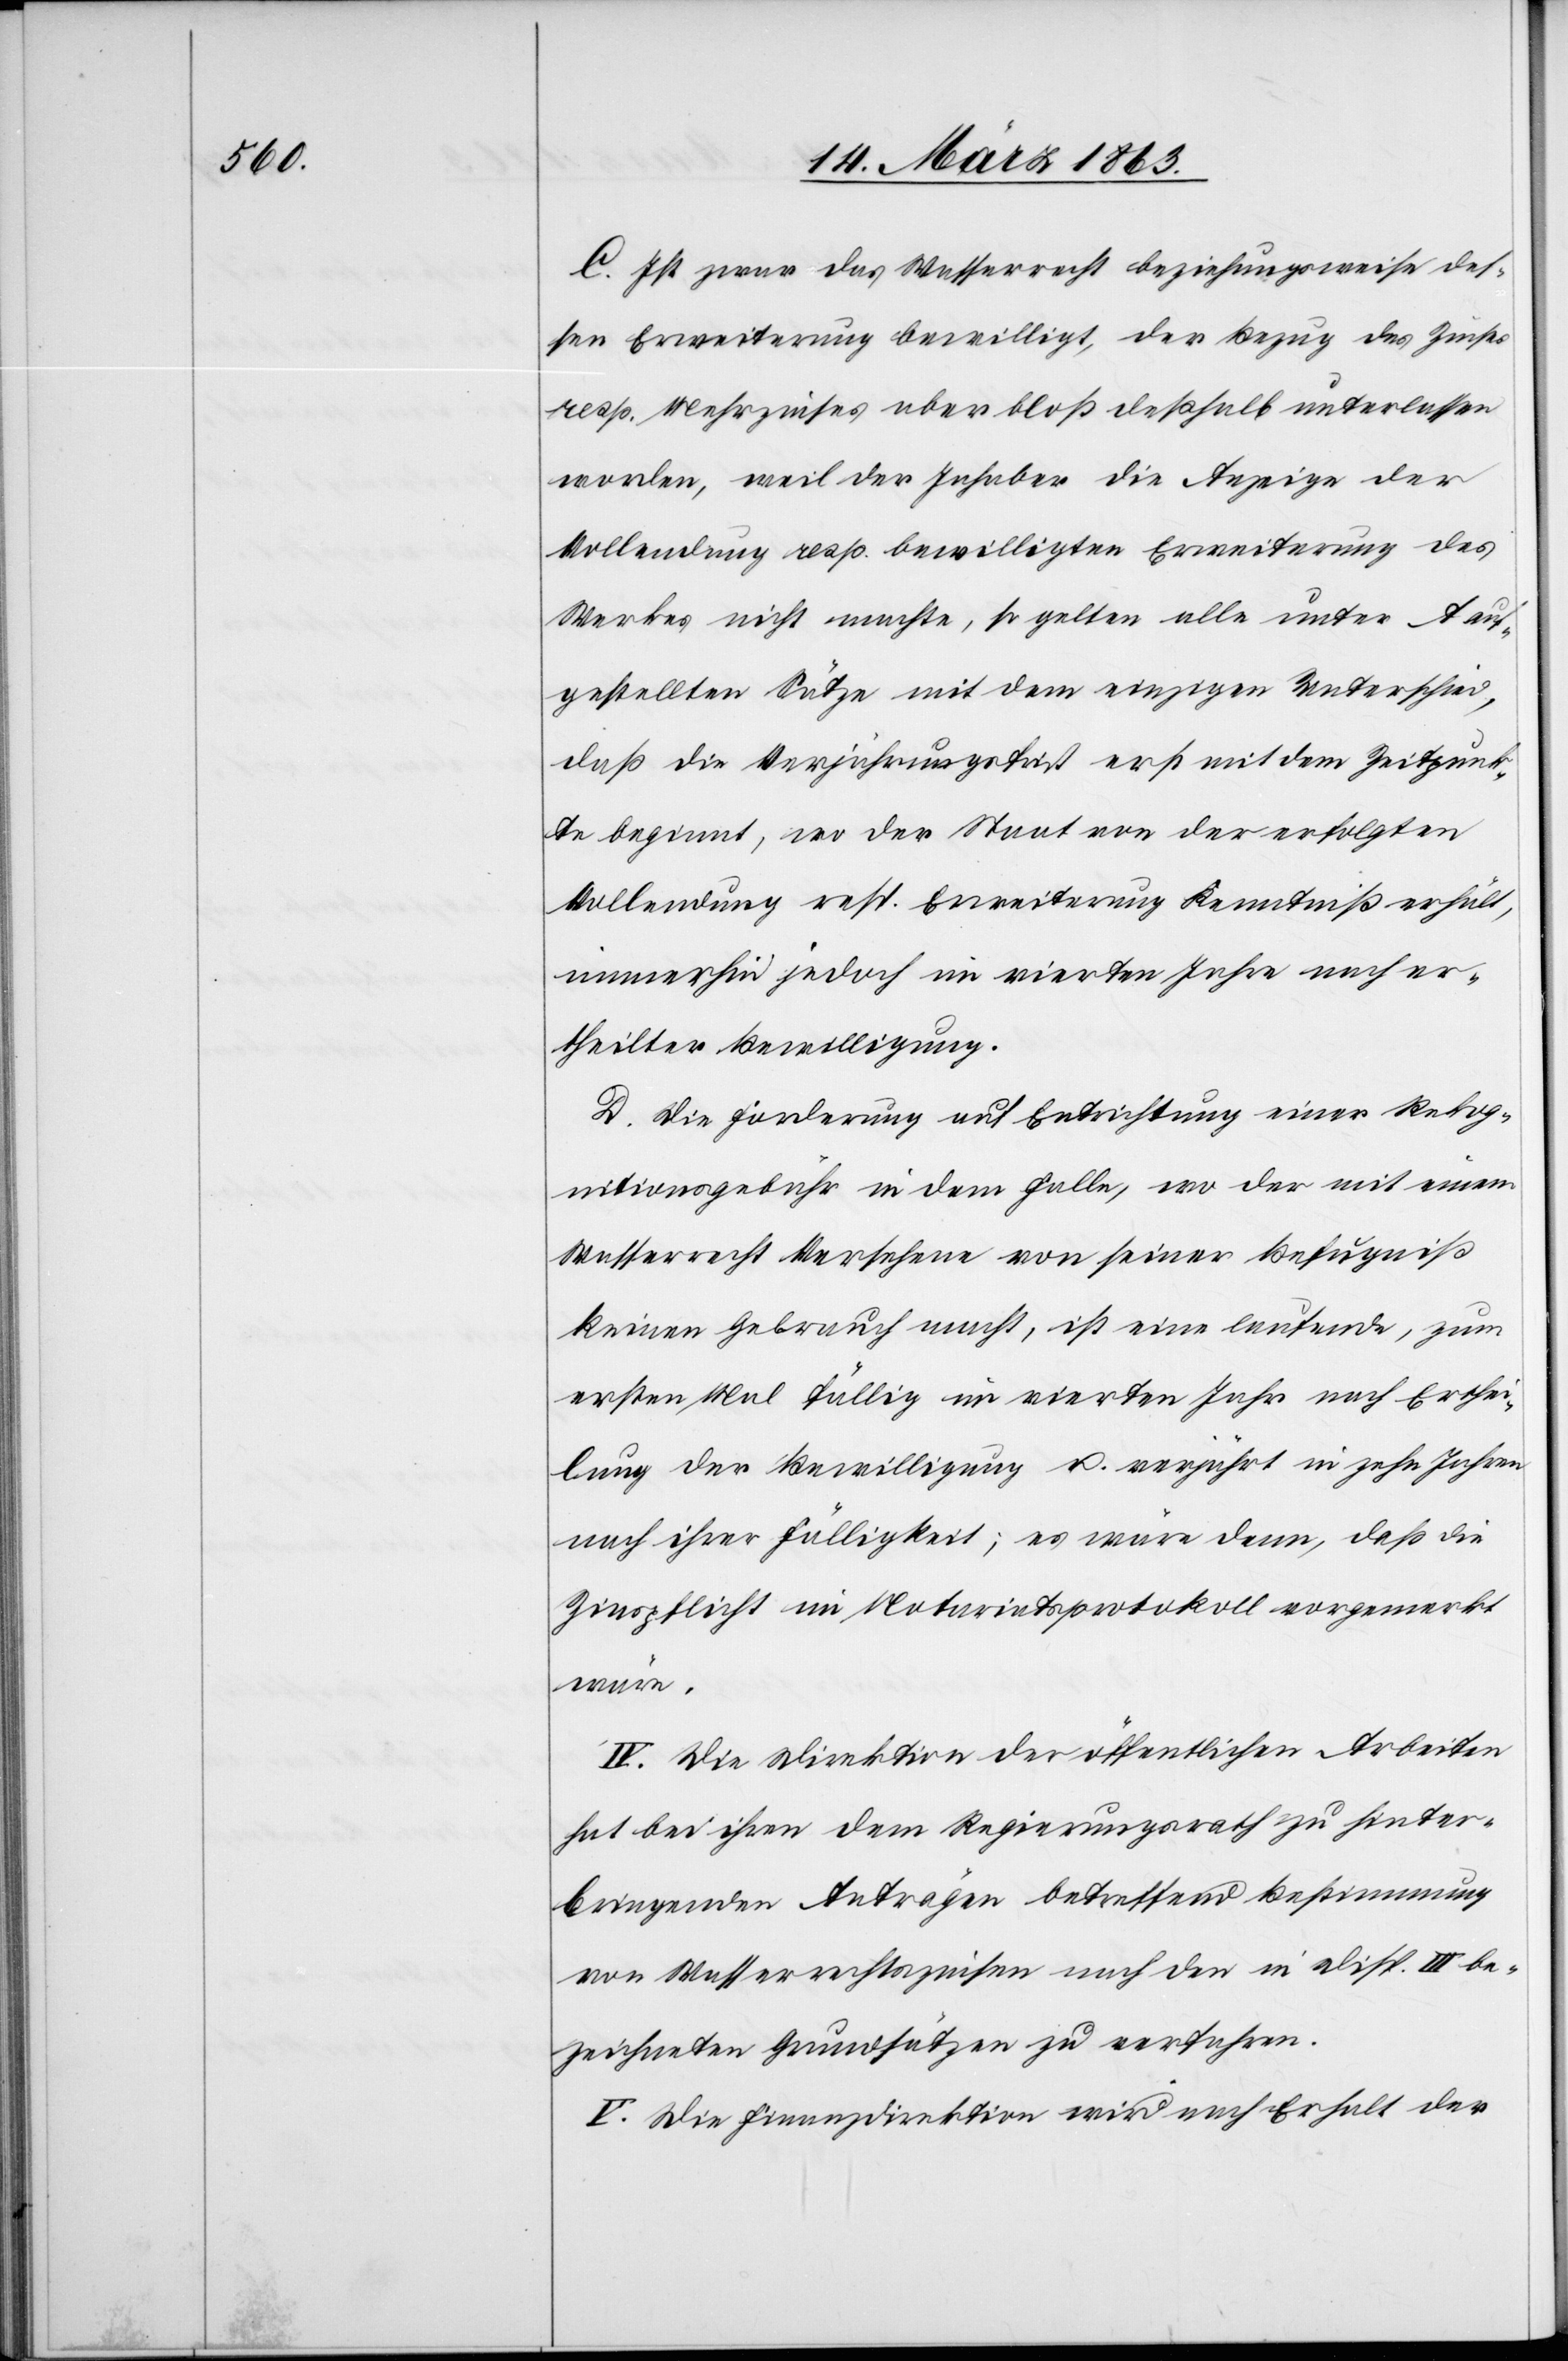
C. Ist zwar das Wasserrecht beziehungsweise des¬
sen Erweiterung bewilligt, der Bezug des Zinses
resp. Mehrzinses aber bloß deßhalb unterlassen
worden, weil der Inhaber die Anzeige der
Vollendung resp. bewilligten Erweiterung des
Werkes nicht machte, so gelten alle unter A auf¬
gestellten Sätze mit dem einzigen Unterschied,
daß die Verjährungsfrist erst mit dem Zeitpunk¬
te beginnt, wo der Staat von der erfolgten
Vollendung resp. Erweiterung Kenntniß erhält,
immerhin jedoch im vierten Jahre nach er¬
theilter Bewilligung.
D. Die Forderung auf Entrichtung einer Rekog¬
nitionsgebühr in dem Falle, wo der mit einem
Wasserrecht Versehene von seiner Befugniß
keinen Gebrauch macht, ist eine laufende, zum
ersten Mal fällig im vierten Jahr nach Erthei¬
lung der Bewilligung u. verjährt in zehn Jahren
nach ihrer Fälligkeit; es wäre denn, daß die
Zinspflicht im Notariatsprotokoll vorgemerkt
wäre.
IV. Die Direktion der öffentlichen Arbeiten
hat bei ihren dem Regierungsrath zu hinter¬
bringenden Anträgen betreffend Bestimmung
von Wasserrechtszinsen nach den in Disp. III be¬
zeichneten Grundsätzen zu verfahren.
V. die Finanzdirektion wird nach Erhalt der